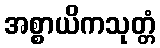
အစ္စာယိကသုတ္တံ